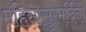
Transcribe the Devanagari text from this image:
महिसासुरमर्दिनी